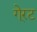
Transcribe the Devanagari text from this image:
गे्रट